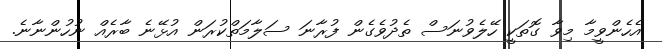
އެހެންވީމާ މިވާ ގޮތަކީ ހޭލެވުނަސް ތެދުވެގެން ފުރާނަ ސަލާމަތްކުރަން އުޅޭނެ ބާރެއް ނުހުންނާނެ.